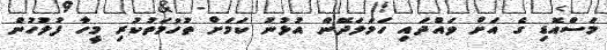
މަސްއޮޑި ގެ އަށް ވައްދައި ހަމަލަދޭން އުޅުނު ކަމަށް ތުހުމަތުކުރި މީހާ ފުލުހުން